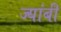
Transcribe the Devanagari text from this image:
ज्यांबी